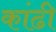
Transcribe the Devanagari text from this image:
कांढी